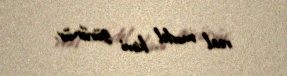
real model kimi görünür.